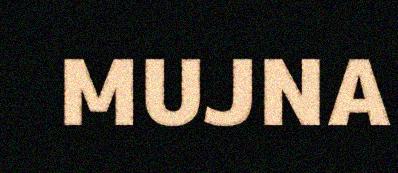
MUJNA